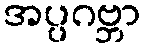
အပ္ပဂဗ္ဘာ